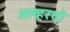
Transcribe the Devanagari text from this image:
ओव्हरथ्रो